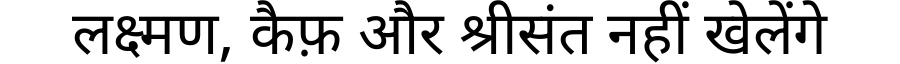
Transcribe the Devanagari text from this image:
लक्ष्मण, कैफ़ और श्रीसंत नहीं खेलेंगे